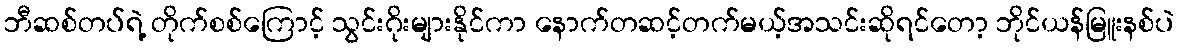
ဘီဆစ်တပ်ရဲ့ တိုက်စစ်ကြောင့် သွင်းဂိုးများနိုင်ကာ နောက်တဆင့်တက်မယ့်အသင်းဆိုရင်တော့ ဘိုင်ယန်မြူးနစ်ပဲ